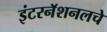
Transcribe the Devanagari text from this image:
इंटरनॅशनलचे